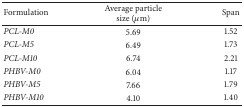
<table><thead><tr><td><b>Formulation</b></td><td><b>Average particle size (<i>μ</i>m)</b></td><td><b>Span</b></td></tr></thead><tbody><tr><td><i>PCL-M0</i></td><td>5.69</td><td>1.52</td></tr><tr><td><i>PCL-M5</i></td><td>6.49</td><td>1.73</td></tr><tr><td><i>PCL-M10</i></td><td>6.74</td><td>2.21</td></tr><tr><td><i>PHBV-M0</i></td><td>6.04</td><td>1.17</td></tr><tr><td><i>PHBV-M5</i></td><td>7.66</td><td>1.79</td></tr><tr><td><i>PHBV-M10</i></td><td>4.10</td><td>1.40</td></tr></tbody></table>